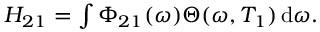
\begin{array} { r } { H _ { 2 1 } = \int \Phi _ { 2 1 } ( \omega ) \Theta ( \omega , T _ { 1 } ) \, \mathrm { d } \omega . } \end{array}